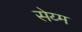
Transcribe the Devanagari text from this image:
सेय्म